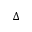
\Delta